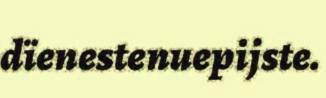
dïenestenuepijste.